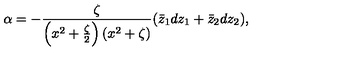
\alpha = - { \frac { \zeta } { \left( x ^ { 2 } + { \frac { \zeta } { 2 } } \right) \left( x ^ { 2 } + \zeta \right) } } ( \bar { z } _ { 1 } d z _ { 1 } + \bar { z } _ { 2 } d z _ { 2 } ) ,